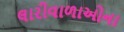
લારીવાળાઓના